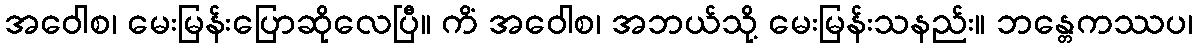
အဝေါစ၊ မေးမြန်းပြောဆိုလေပြီ။ ကိံ အဝေါစ၊ အဘယ်သို့ မေးမြန်းသနည်း။ ဘန္တေကဿပ၊